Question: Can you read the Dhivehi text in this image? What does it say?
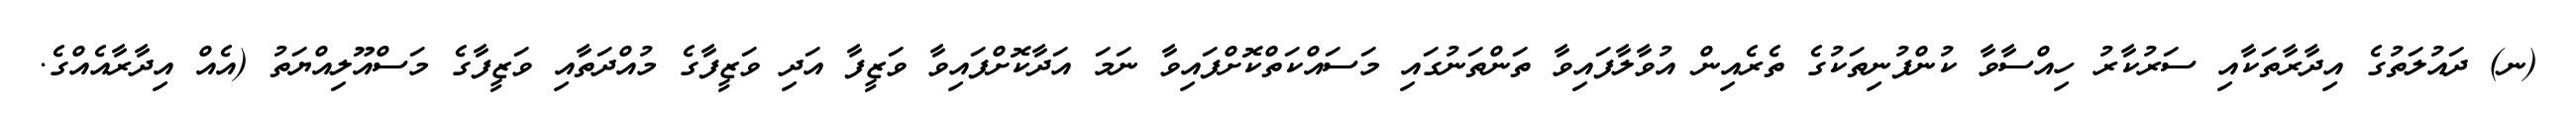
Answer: (ނ) ދައުލަތުގެ އިދާރާތަކާއި ސަރުކާރު ހިއްސާވާ ކުންފުނިތަކުގެ ތެރެއިން އުވާލާފައިވާ ތަންތަނުގައި މަސައްކަތްކޮށްފައިވާ ނަމަ އަދާކޮށްފައިވާ ވަޒީފާ އަދި ވަޒީފާގެ މުއްދަތާއި ވަޒީފާގެ މަސްއޫލިއްޔަތު (އެއް އިދާރާއެއްގެ.